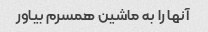
آنها را به ماشین همسرم بیاور